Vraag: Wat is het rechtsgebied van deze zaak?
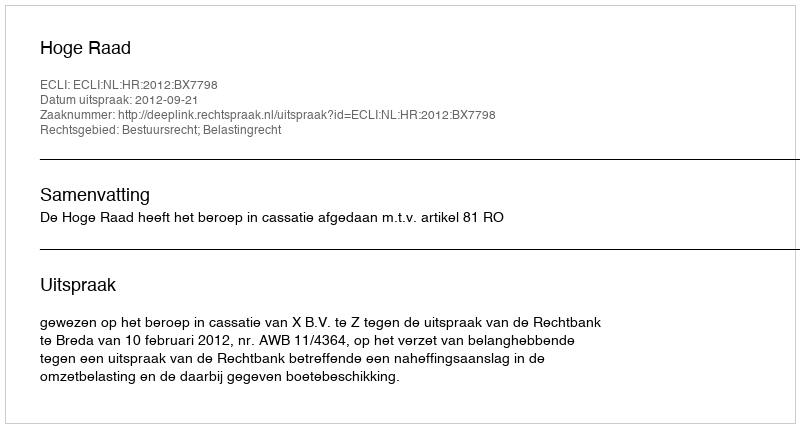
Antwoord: Bestuursrecht; Belastingrecht